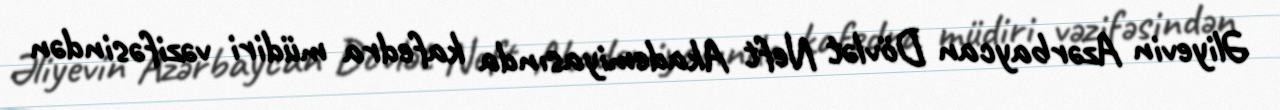
Əliyevin Azərbaycan Dövlət Neft Akademiyasında kafedra müdiri vəzifəsindən